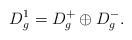
LaTeX: \begin{align*}D_g^1 = D_g^+ \oplus D_g^-.\end{align*}